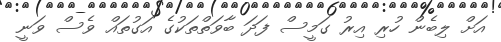
އަށް ލިބެން ހުރި އިރު ގަމީސް ފަދަ ބާވަތްތަކުގެ އަގުތައް ވެސް ވަނީ